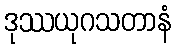
ဒုဿယုဂသတာနံ